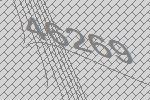
46269